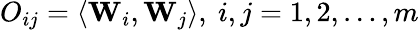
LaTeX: O_{ij}=\langle{\mathbf W}_{i},{\mathbf W}_{j}\rangle,~i,j=1,2,\ldots,m